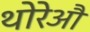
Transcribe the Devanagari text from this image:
थोरेऔ